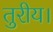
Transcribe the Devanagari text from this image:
तुरीय।